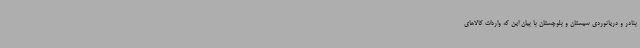
بنادر و دریانوردی سیستان و بلوچستان با بیان این که واردات کالاهای